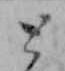
と